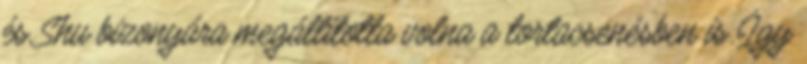
és Shu bizonyára megállította volna a tortacsenésben is. Így